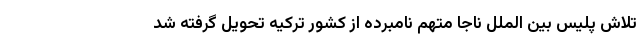
تلاش پلیس بین الملل ناجا متهم نامبرده از کشور ترکیه تحویل گرفته شد